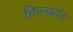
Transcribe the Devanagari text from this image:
हिल्डब्रांड